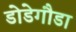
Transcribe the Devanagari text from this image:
डोडेगौडा